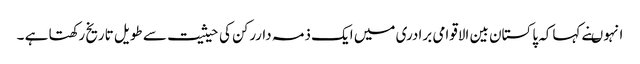
انہوںنے کہاکہ پاکستان بین الاقوامی برادری میں ایک ذمہ داررکن کی حیثیت سے طویل تاریخ رکھتا ہے ۔